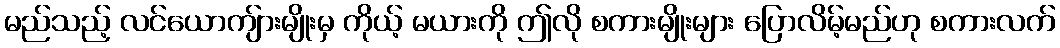
မည်သည့် လင်ယောကျ်ားမျိုးမှ ကိုယ့် မယားကို ဤလို စကားမျိုးများ ပြောလိမ့်မည်ဟု စကားလက်